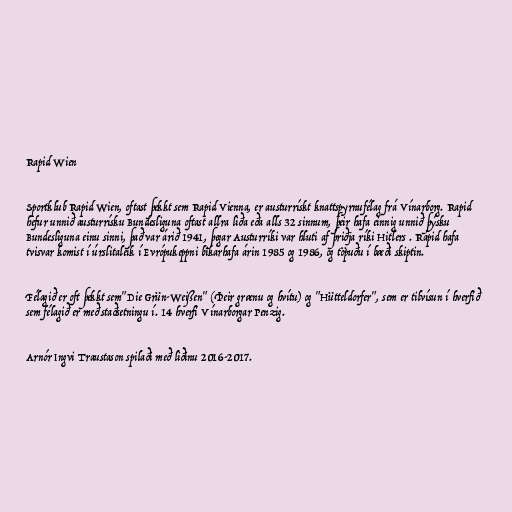
Rapid Wien

Sportklub Rapid Wien, oftast þekkt sem Rapid Vienna, er austurrískt knattspyrnufélag frá Vínarborg. Rapid
hefur unnið austurrísku Bundesliguna oftast allra liða eða alls 32 sinnum, þeir hafa einnig unnið þýsku
Bundesliguna einu sinni, það var árið 1941, þegar Austurríki var hluti af þriðja ríki Hitlers . Rapid hafa
tvisvar komist í úrslitaleik í Evrópukeppni bikarhafa árin 1985 og 1986, og töpuðu í bæði skiptin.

Félagið er oft þekkt sem"Die Grün-Weißen" (Þeir grænu og hvítu) og "Hütteldorfer", sem er tilvísun í hverfið
sem félagið er með staðsetningu í. 14 hverfi Vínarborgar Penzig.

Arnór Ingvi Traustason spilaði með liðinu 2016-2017.